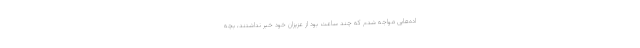
اده‌هایی مواجه شدم که چند ساعت بود از عزیزان خود خبر نداشتند، بچه